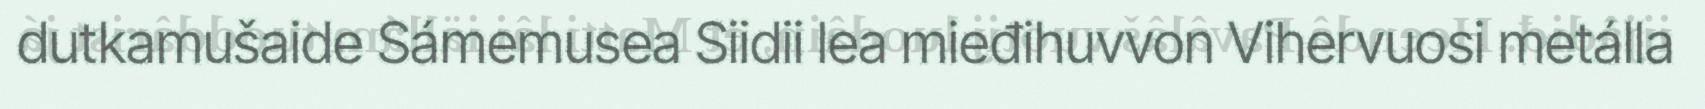
dutkamušaide Sámemusea Siidii lea mieđihuvvon Vihervuosi metálla